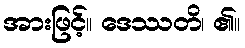
အားဖြင့်။ ဒေဿတိ၊ ၏။